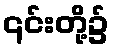
၎င်းတို့၌